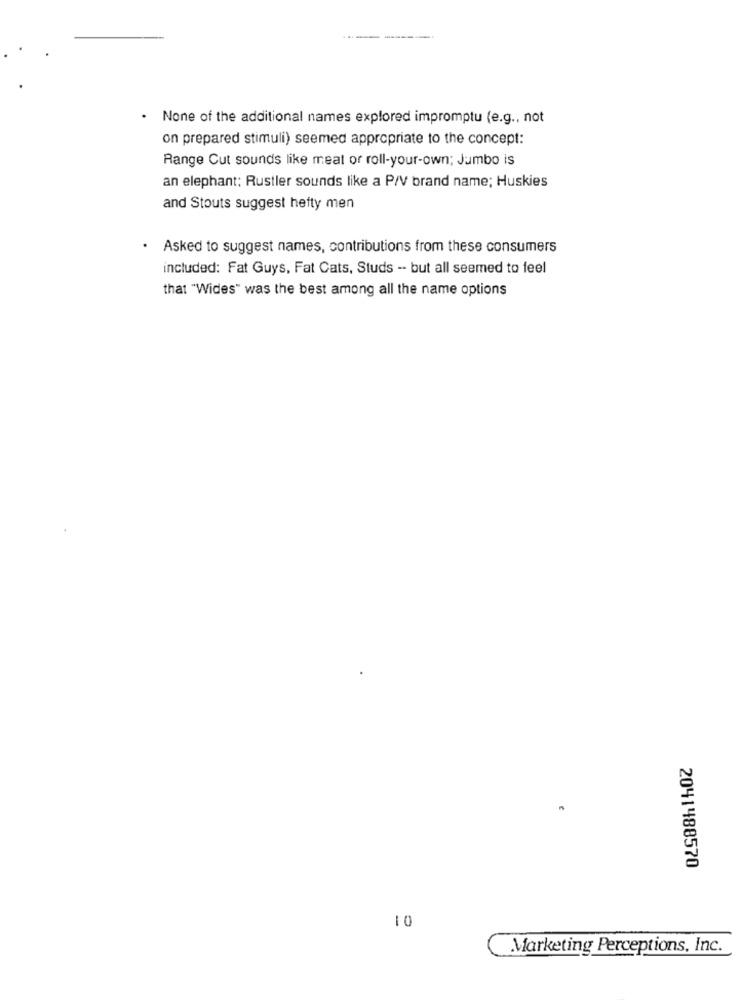
None of the additional names explored impromptu (e.g ., not
on prepared stimuli) seemed appropriate to the concept:
Range Cut sounds like meat or roll-your-own; Jumbo is
an elephant; Rustler sounds like a P/V brand name; Huskies
and Stouts suggest hefty men
.
Asked to suggest names, contributions from these consumers
included: Fat Guys, Fat Cats, Studs -· but all seemed to feel
that "Wides" was the best among all the name options
2041488570
10
Marketing Perceptions, Inc.